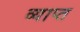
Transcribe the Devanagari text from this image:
व्याप्‍त